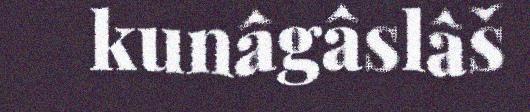
kunâgâslâš